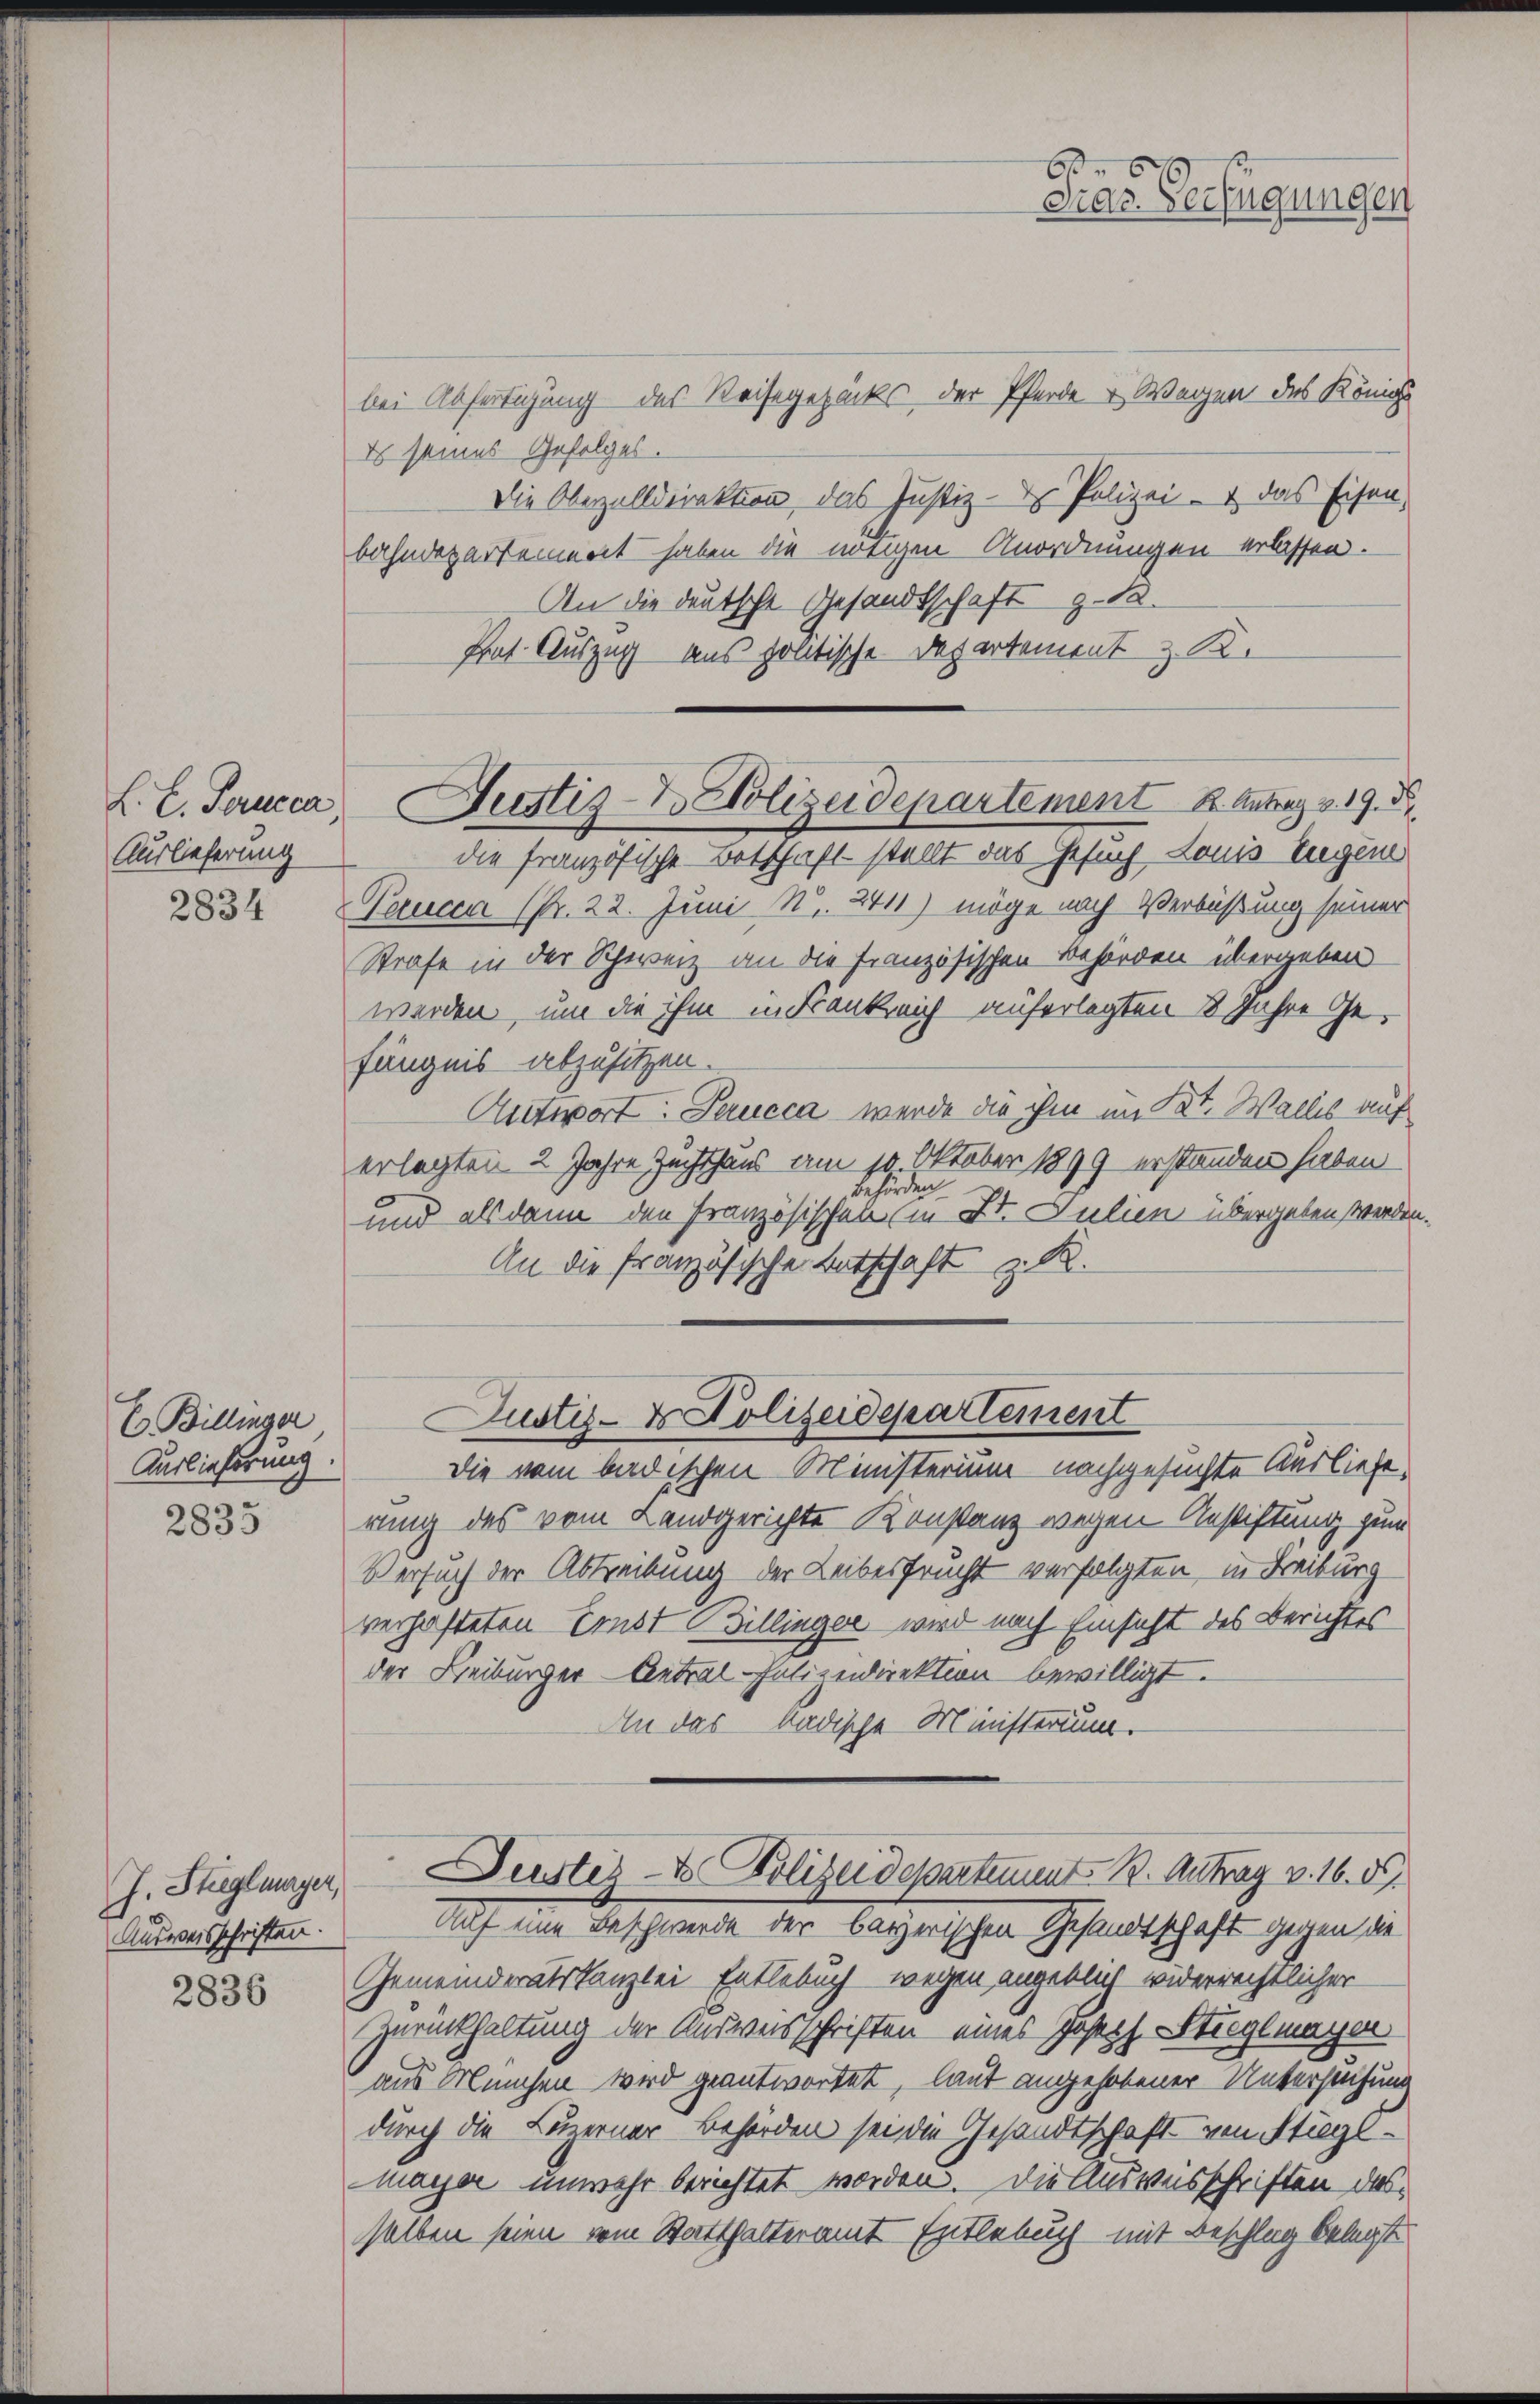
L. L. Forucca
Auslieferung
2834

Es Billinger
Auslieferung.

2835

J. Stuglunger,
Ausweisschriften.

2836

bei Abfertigung des Reisegezacks der Pferde & Wagen des Königl.
Es seines Gefolges.
Die Oberzolldirektion, das Justiz- & Polizei- & das Eisen,
bahndepartement haben die nötigen Anordnungen erlassen.
An die deutsche Gesandtschaft z. 12.
fant Auszug aus politische Departement z. R.
die französische Botschaft stellt das Gesuch Louis Eigen
Parmen (Pr. 22. Juni Nr. 2411) möge nach Verbüßung seiner
Strafe in der Schweiz an die französischen Behörden übergeben
werden, um die ihm in Frankreich auferlegten 8 Jahre Gefängnis abzusitzen.
Antwort: Saucca, werde die ihm im Kt. Wallis auf
Ctober 1899 erstanden haben
erlegten 2 Jahre Zuchthaus am 10t
behörden.
und alsdann den Französischen (in 21. Julien übergeben werden.
An die Französische Fortschaft z. B.
Justiz- & Polizeidepartement
Die vom badischen Ministerium nachgesuchte Ausliefe
rung des vom Landgerichte Konstanz wegen Anstiftung zum
Versuch der Abtreibung der Leibesfrucht verfolgten in Freiburg
verhafteten Ernst Billinger wird nach Einsicht des Berichtes
der Leiburger-Antral-Polizeidirektion bewilligt.
An das badische Ministerium.
Justiz- & Polizeidepartement B. Antrag v. 16. ds.
Auf eine Beschwerde der bayerischen Gesandtschaft gerren die
Gemeinderatskanzlei Entlebuch wegen angeklich widerrechtlicher
Zurückhaltung der Ausweisschriften eines Joseph Stieglmachen
aus München wird geantwortet, laut angehobener Untersuchung
durch die Luzerner Behörden sei die Gesandtschaft von Stiglmayer unwahr berichtet worden. Die Ausweisschriften das
selben seien vom Statthalteramt Entlebuch mit Beschlag belegt

Justiz- & Polizeidepartement Antrag 19. 5

63
Dras. Verfügungen